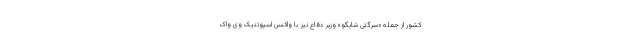
کشور از جمله «سرگئی شایگو» وزیر دفاع نیز با واکسن اسپوتنیک وی واک